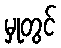
မှုတွင်